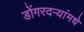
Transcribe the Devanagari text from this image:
डोंगरदऱ्यांमधे